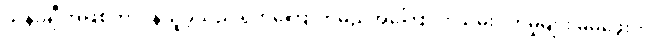
သန်းချီ အဖြစ်တာဝန်ယူခဲ့သည် ရှက်ကြောက်မည်အကြောင်း သိမ်းပိုက်မှုများ မမဖွေးကို